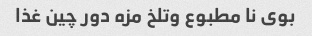
بوی ‌نا مطبوع و‌تلخ مزه دور چین غذا